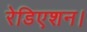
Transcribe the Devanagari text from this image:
रेडिएशन।